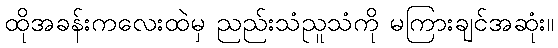
ထိုအခန်းကလေးထဲမှ ညည်းသံညူသံကို မကြားချင်အဆုံး။